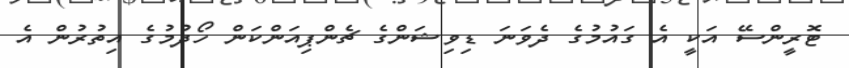
ޓޮރީންސޭ އަކީ އެ ގައުމުގެ ދެވަނަ ޑިވިޝަންގެ ޗެންޕިއަންކަން ހޯދުމުގެ އިތުރުން އެ